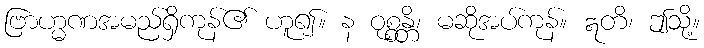
ဗြာဟ္မဏအမည်ရှိကုန်၏ ဟူ၍။ န ဝုစ္စန္တိ၊ မဆိုအပ်ကုန်။ ဣတိ၊ ဤသို့။